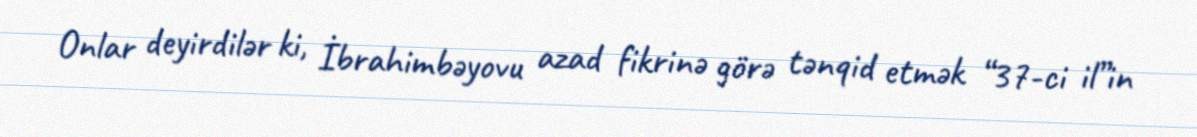
Onlar deyirdilər ki, İbrahimbəyovu azad fikrinə görə tənqid etmək “37-ci il”in